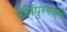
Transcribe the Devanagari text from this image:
मणिपुरमध्ये